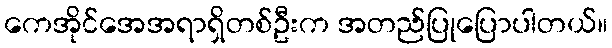
ကေအိုင်အေအရာရှိတစ်ဦးက အတည်ပြုပြောပါတယ်။